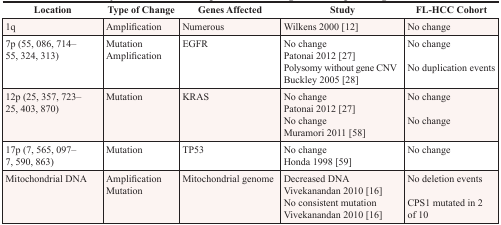
<table><thead><tr><td><b>Location</b></td><td><b>Type of Change</b></td><td><b>Genes Affected</b></td><td><b>Study</b></td><td><b>FL-HCC Cohort</b></td></tr></thead><tbody><tr><td>1q</td><td>Amplification</td><td>Numerous</td><td>Wilkens 2000 [12]</td><td>No change</td></tr><tr><td>7p (55, 086, 714–55, 324, 313)</td><td>MutationAmplification</td><td>EGFR</td><td>No changePatonai 2012 [27]Polysomy without gene CNVBuckley 2005 [28]</td><td>No changeNo duplication events</td></tr><tr><td>12p (25, 357, 723–25, 403, 870)</td><td>Mutation</td><td>KRAS</td><td>No changePatonai 2012 [27]No changeMuramori 2011 [58]</td><td>No changeNo change</td></tr><tr><td>17p (7, 565, 097–7, 590, 863)</td><td>Mutation</td><td>TP53</td><td>No changeHonda 1998 [59]</td><td>No change</td></tr><tr><td>Mitochondrial DNA</td><td>AmplificationMutation</td><td>Mitochondrial genome</td><td>Decreased DNAVivekanandan 2010 [16]No consistent mutationVivekanandan 2010 [16]</td><td>No deletion eventsCPS1 mutated in 2 of 10</td></tr></tbody></table>